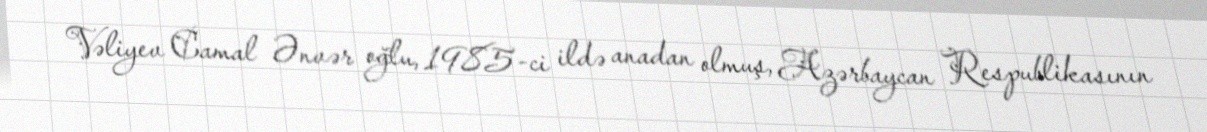
Vəliyev Camal Ənvər oğlu, 1985-ci ildə anadan olmuş, Azərbaycan Respublikasının